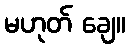
မဟုတ် ချေ။